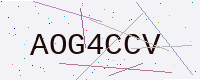
Text: AOG4CCV